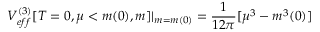
V _ { e f f } ^ { ( 3 ) } [ T = 0 , \mu < m ( 0 ) , m ] | _ { m = m ( 0 ) } = \frac { 1 } { 1 2 \pi } [ \mu ^ { 3 } - m ^ { 3 } ( 0 ) ]